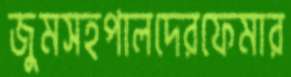
জুমসহপালদেরফেমার